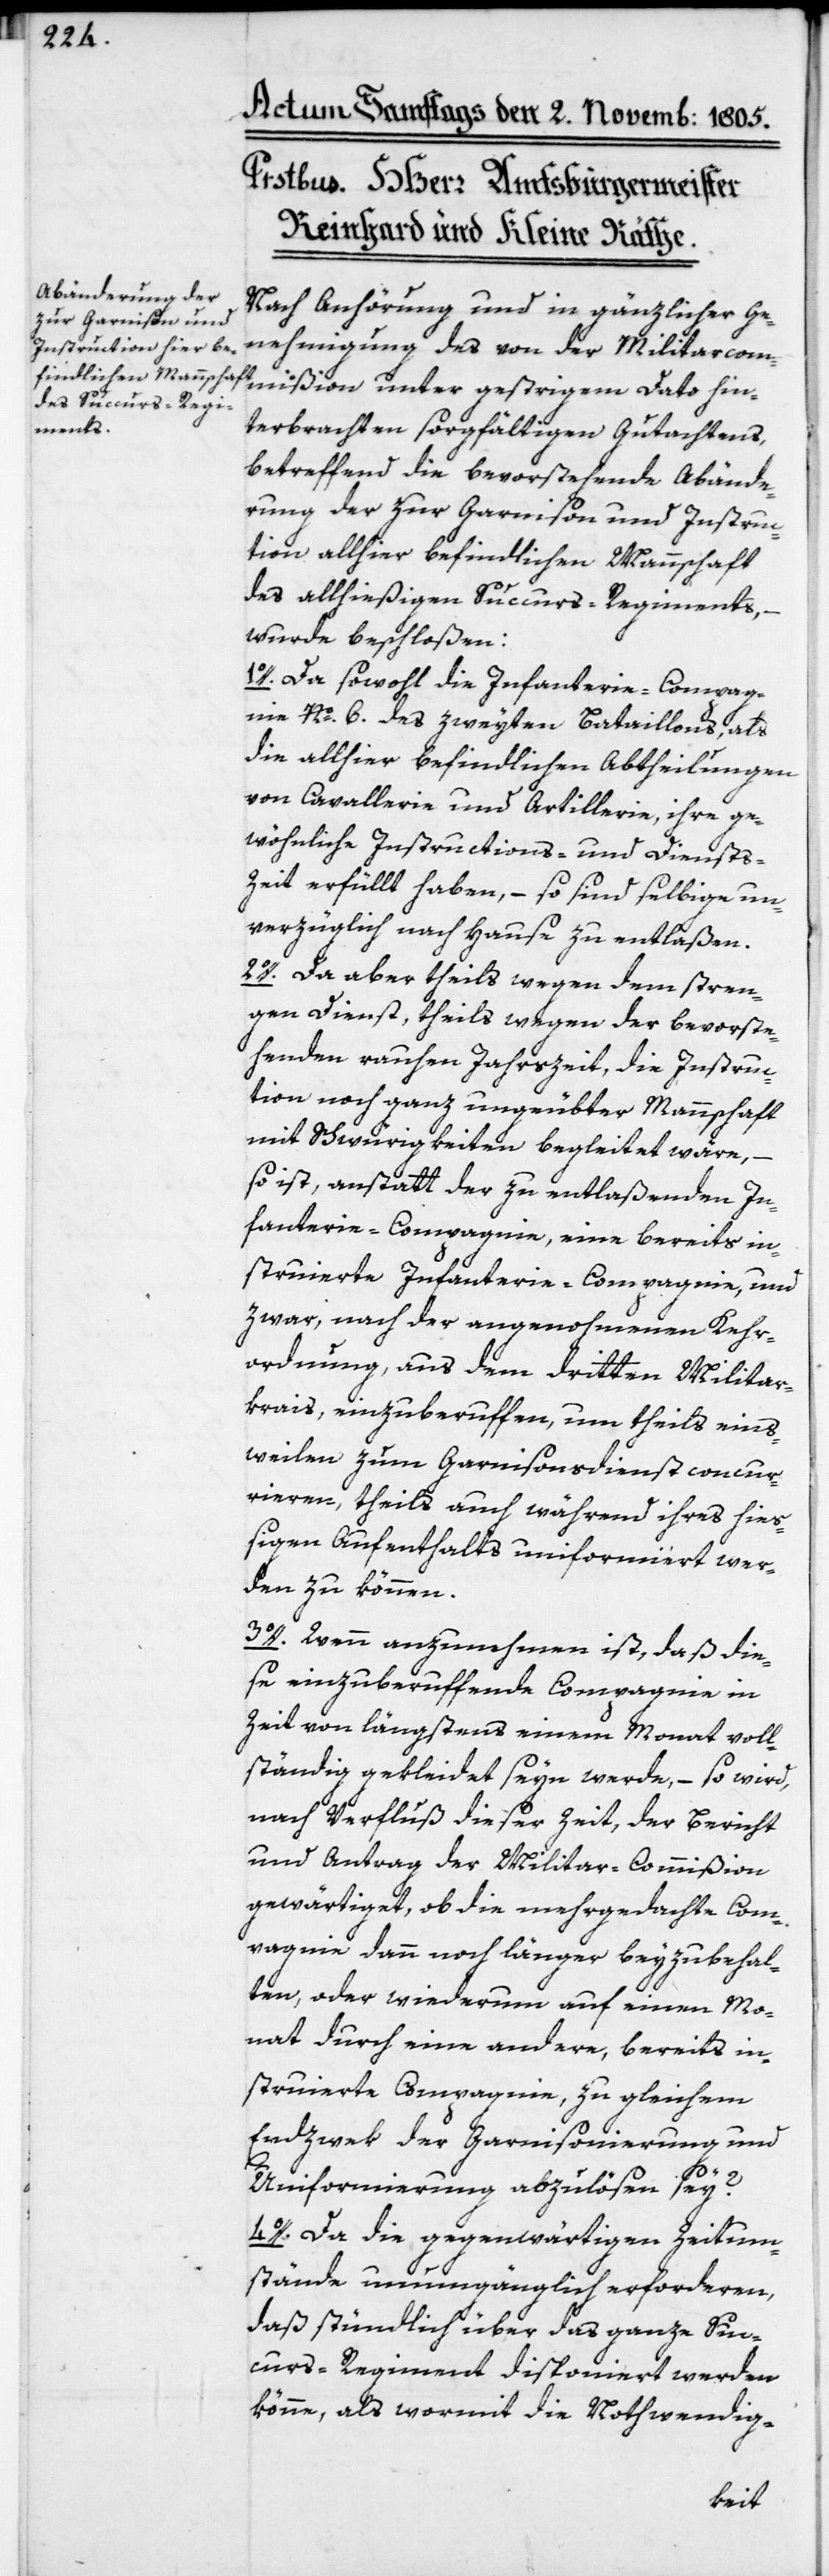
Nach Anhörung und in gänzlicher Ge¬
nehmigung des von der Militarcom¬
mißion unter gestrigem Dato hin¬
terbrachten sorgfältigen Gutachtens,
betreffend die bevorstehende Abände¬
rung der zur Garnison und Instruc¬
tion allhier befindlichen Mannschaft
des allhießigen Succurs-Regiments, –
wurde beschloßen:
1o. Da sowohl die Infanterie-Compag¬
nie No. 6. des zweyten Bataillons, als
die allhier befindlichen Abtheilungen
von Cavallerie und Artillerie, ihre ge¬
wöhnliche Instructions- und Diensts-Z¬
eit erfüllt haben, – so sind selbige un¬
verzüglich nach Hause zu entlaßen.
2o. Da aber theils wegen dem stren¬
gen Dienst, theils wegen der bevorste¬
henden rauhen Jahrszeit, die Instruc¬
tion noch ganz ungeübter Mannschaft
mit Schwürigkeiten begleitet wäre,
so ist, anstatt der zu entlaßenden In¬
fanterie-Compagnie, eine bereits in¬
struierte Infanterie-Compagnie, und
zwar, nach der angenohmenen Kehr¬
ordnung, aus dem dritten Militar¬
krais, einzuberuffen, um theils eins¬
weilen zum Garnisonsdienst concur¬
rieren, theils auch während ihres hieß¬
igen Aufenthalts uniformiert wer¬
den zu können.
3o. Wenn anzunehmen ist, daß die¬
se einzuberuffende Compagnie in
Zeit von längstens einem Monat voll¬
ständig gekleidet seyn werde, – so wird,
nach Verfluß dieser Zeit, der Bericht
und Antrag der Militar-Commißion
gewärtiget, ob die mehrgedachte Com¬
pagnie dann noch länger beyzubehal¬
ten, oder wiederum auf einen Mo¬
nat durch eine andere, bereits in¬
struierte Compagnie, zu gleichem
Endzwek der Garnisonierung und
Uniformierung abzulösen sey?
4o. Da die gegenwärtigen Zeitum¬
stände unumgänglich erforderen,
daß stündlich über das ganze Suc¬
curs-Regiment disponiert werden
könne, als wormit die Nothwendig-